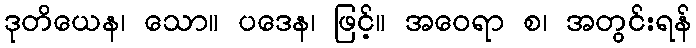
ဒုတိယေန၊ သော။ ပဒေန၊ ဖြင့်။ အဝေရာ စ၊ အတွင်းရန်